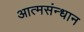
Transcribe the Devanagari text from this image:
आत्मसंन्धान